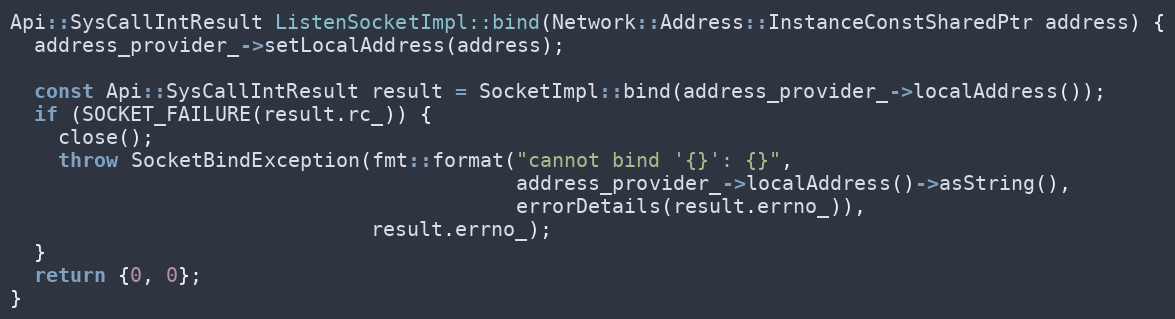
Language: C++
Api::SysCallIntResult ListenSocketImpl::bind(Network::Address::InstanceConstSharedPtr address) {
  address_provider_->setLocalAddress(address);

  const Api::SysCallIntResult result = SocketImpl::bind(address_provider_->localAddress());
  if (SOCKET_FAILURE(result.rc_)) {
    close();
    throw SocketBindException(fmt::format("cannot bind '{}': {}",
                                          address_provider_->localAddress()->asString(),
                                          errorDetails(result.errno_)),
                              result.errno_);
  }
  return {0, 0};
}